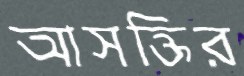
আসক্তির